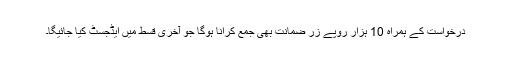
درخواست کے ہمراہ 10 ہزار روپے زر ضمانت بھی جمع کرانا ہوگا جو آخری قسط میں ایڈجسٹ کیا جائیگا۔